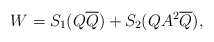
\begin{align*}W=S_1 (Q\overline{Q}) + S_2(QA^2\overline{Q}),\end{align*}